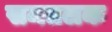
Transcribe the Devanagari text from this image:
समतलक